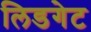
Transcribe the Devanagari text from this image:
लिडगेट